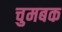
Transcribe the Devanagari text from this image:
चुमबक